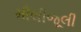
મીલીજૂલી